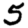
Digit: 5